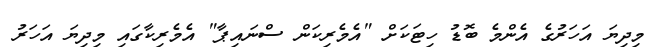
މިދިޔަ އަހަރުގެ އެންމެ ބޮޑު ހިޓަކަށް "އެމެރިކަން ސްނައިޕާ" އެމެރިކާގައި މިދިޔަ އަހަރު